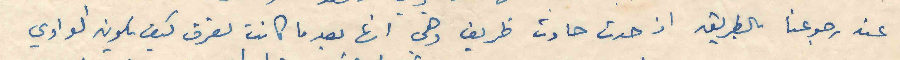
عند رجوعنا بالطريق اذ حدث حادث ظريف وهي انها بعد ما كانت تعرف كيف يكون الواوي